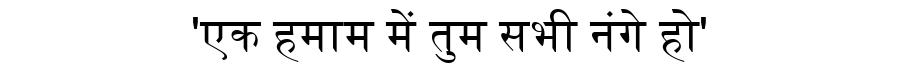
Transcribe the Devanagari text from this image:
'एक हमाम में तुम सभी नंगे हो'